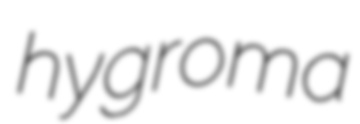
hygroma